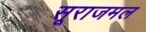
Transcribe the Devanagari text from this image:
सूराजमल